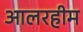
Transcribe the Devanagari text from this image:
आलरहीम